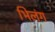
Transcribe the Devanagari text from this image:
भिलंग